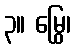
၃။ မြွေ၊